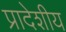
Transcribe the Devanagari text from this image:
प्रादेशीय